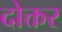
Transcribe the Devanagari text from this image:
दोक्तर